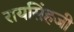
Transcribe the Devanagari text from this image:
रायसिंहजी